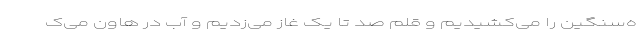
ه‌سنگین را می‌کشیدیم و قلم صد تا یک غاز می‌زدیم و آب در هاون می‌ک